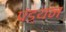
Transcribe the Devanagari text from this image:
पंड्यन